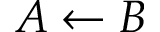
A \leftarrow B